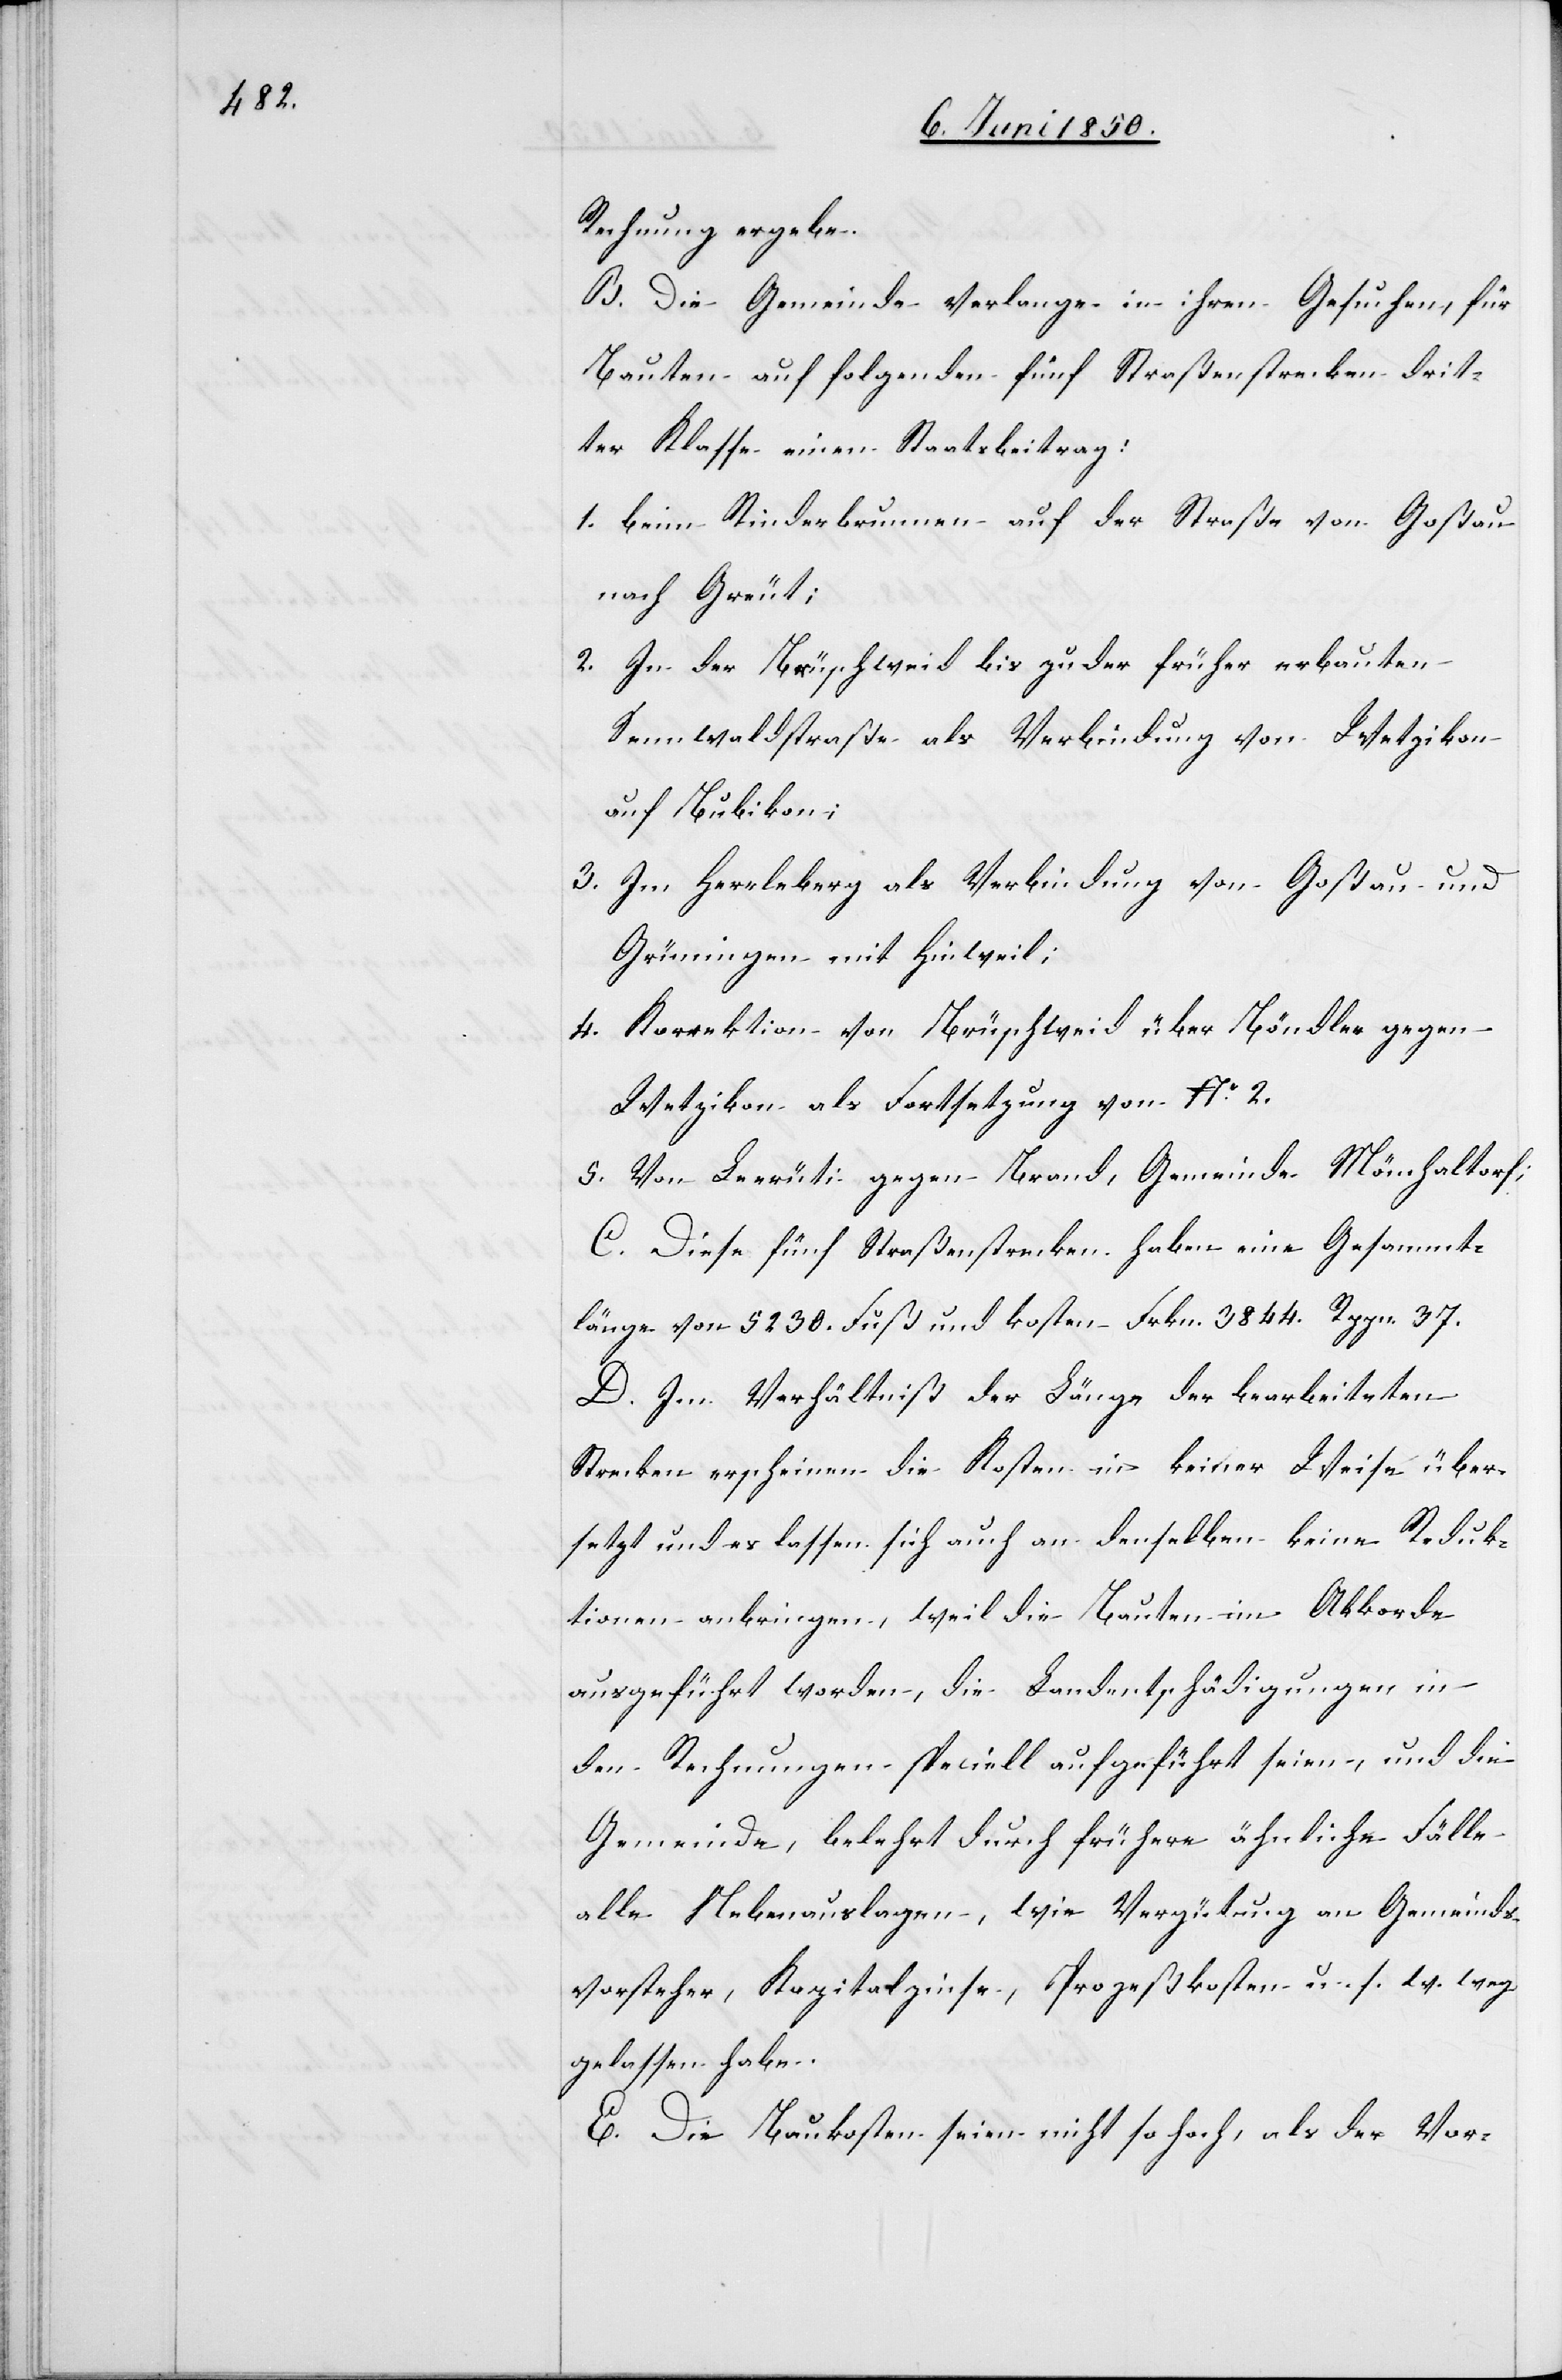
Rechnung ergebe.
B. die Gemeinde verlange in ihren Gesuchen, für
Bauten auf folgenden fünf Straßenstrecken drit¬
ter Klasse einen Staatsbeitrag:
1. beim Rinderbrunnen auf der Straße von Goßau
nach Greut;
2. In der Brüschweid bis zu der früher erbauten
Sennwaldstraße als Verbindung von Wetzikon
auf Bubikon;
3. Im Herrleberg als Verbindung von Goßau und
Grüningen mit Hinweil;
4. Korrektion von Brüschweid über Böndler gegen
Wetzikon als Fortsetzung von No. 2.
5. Von Leerüti gegen Brand, Gemeinde Mönchaltorf;
C. Diese fünf Straßenstrecken haben eine Gesammt¬
länge von 5230. Fuß und kosten Frkn. 3844. Rppn. 37.
D. Im Verhältniß der Länge der bearbeiteten
Strecken erscheinen die Kosten in keiner Weise über¬
setzt und es lassen sich auch an denselben keine Reduk¬
tionen anbringen, weil die Bauten im Akkorde
ausgeführt worden, die Landentschädigungen in
den Rechnungen speciell aufgeführt seien, und die
Gemeinde, belehrt durch frühere ähnliche Fälle
alle Nebenauslagen, wie Vergütung an Gemeinds¬
vorsteher, Kapitalzinse, Prozeßkosten u. s. w. weg¬
gelassen habe.
E. Die Baukosten seien nicht so hoch, als der Vor-